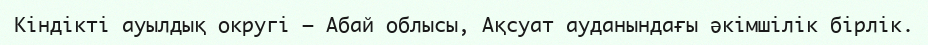
Кіндікті ауылдық округі – Абай облысы, Ақсуат ауданындағы әкімшілік бірлік.